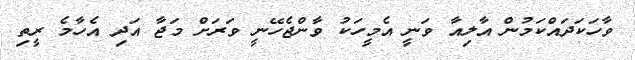
ވާހަކަދައްކަމުން އާލިއާ ވަނީ އެމީހަކު ވާންޖެހޭނީ ވަރަށް މަޖާ އަދި އެހާމެ ރީތި